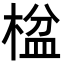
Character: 𬃠